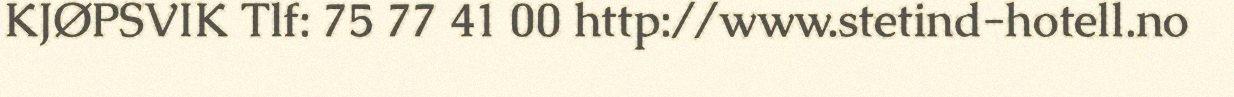
KJØPSVIK Tlf: 75 77 41 00 http://www.stetind-hotell.no